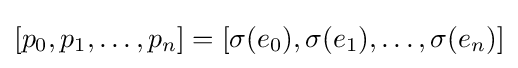
[p_{0},p_{1},\ldots ,p_{n}]=[\sigma (e_{0}),\sigma (e_{1}),\ldots ,\sigma (e_{n})]